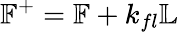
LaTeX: \mathbb{F}^{+}=\mathbb{F}+k_{fl}\mathbb{L}